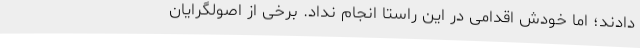
دادند؛ اما خودش اقدامی در این راستا انجام نداد. برخی از اصولگرایان